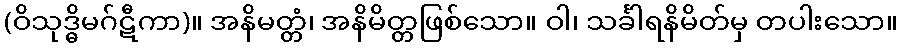
(ဝိသုဒ္ဓိမဂ်ဋီကာ)။ အနိမတ္တံ၊ အနိမိတ္တဖြစ်သော။ ဝါ၊ သင်္ခါရနိမိတ်မှ တပါးသော။